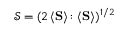
\mathcal { S } = ( 2 \, \langle { \bf { S } } \rangle \colon \langle { \bf { S } } \rangle ) ^ { 1 / 2 }